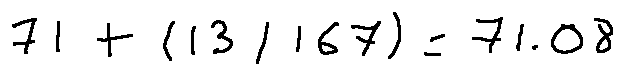
7 1 + ( 1 3 / 1 6 7 ) = 7 1 . 0 8